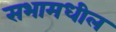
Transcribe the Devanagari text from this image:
सभामधील